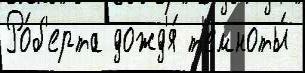
Ро́б'ерта дожд'я́ т'емноты́